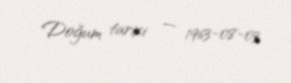
Doğum tarixi — 1963-08-03